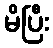
မိပြီး